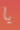
يا